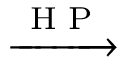
\xrightarrow { \textrm { H P } }